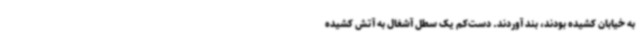
به خیابان کشیده بودند، بند آوردند. دست‌کم یک سطل آشغال به آتش کشیده